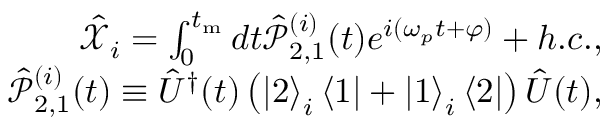
\begin{array} { r } { \hat { \mathcal X } _ { i } = \int _ { 0 } ^ { t _ { \mathrm { m } } } d t \hat { \mathcal P } _ { 2 , 1 } ^ { ( i ) } ( t ) e ^ { i ( \omega _ { p } t + \varphi ) } + h . c . , } \\ { \hat { \mathcal P } _ { 2 , 1 } ^ { ( i ) } ( t ) \equiv \hat { U } ^ { \dagger } ( t ) \left( \left| 2 \right> _ { i } \left< 1 \right| + \left| 1 \right> _ { i } \left< 2 \right| \right) \hat { U } ( t ) , } \end{array}